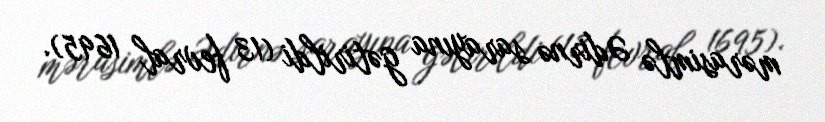
mərasimlə Ədirnə sarayına gətirildi (13 fevral 1695).